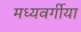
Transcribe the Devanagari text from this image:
मध्यवर्गीया